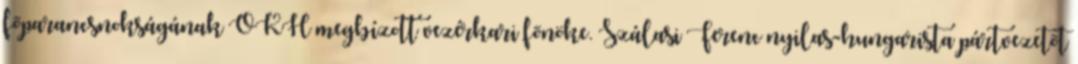
fõparancsnokságának OKH megbízott vezérkari fõnöke. Szálasi Ferenc nyilas-hungarista pártvezetõt